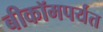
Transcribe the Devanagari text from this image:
बीकॉमपर्यंत